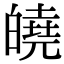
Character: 皢